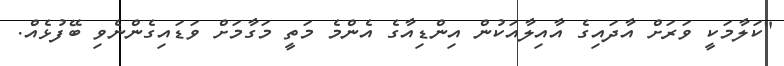
"ކަލާމަކީ ވަރަށް އާދައިގެ އާއިލާއަކުން އިންޑިއާގެ އެންމެ މަތީ މަގާމަށް ވަޑައިގެންނެވި ބޭފުޅެއް.